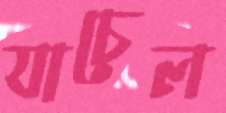
যাচেল